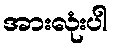
အားလုံးပါ